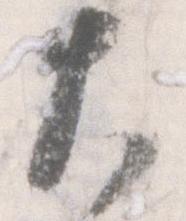
大